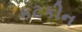
કટકીન